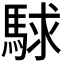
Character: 𮪅